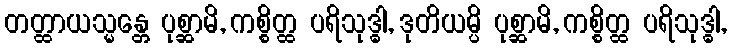
တတ္ထာယသ္မန္တေ ပုစ္ဆာမိ, ကစ္စိတ္ထ ပရိသုဒ္ဓါ, ဒုတိယမ္ပိ ပုစ္ဆာမိ, ကစ္စိတ္ထ ပရိသုဒ္ဓါ,